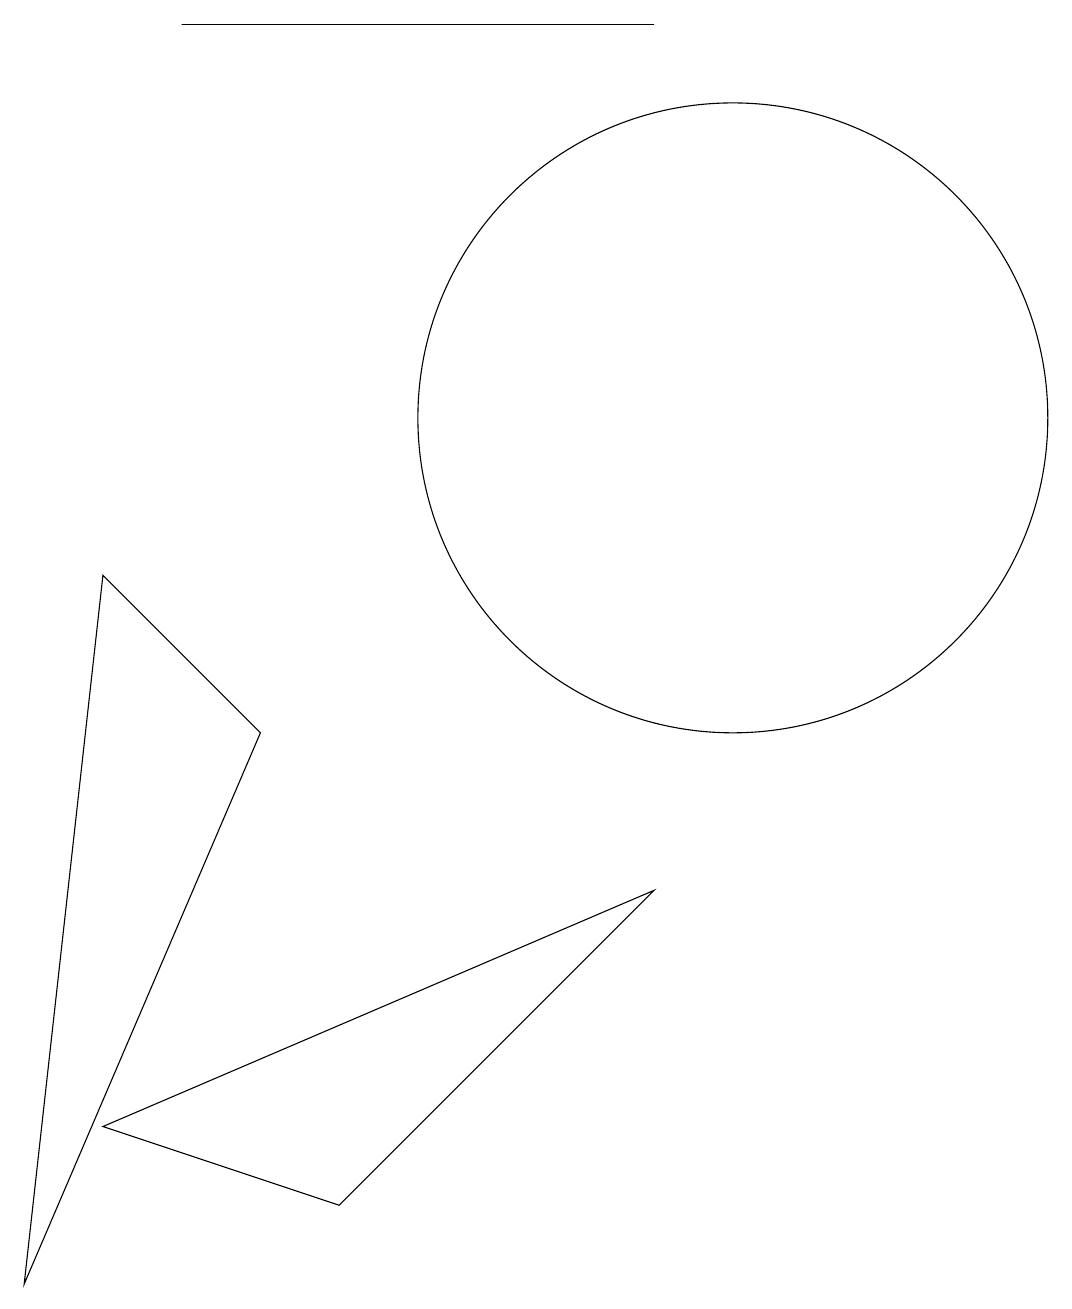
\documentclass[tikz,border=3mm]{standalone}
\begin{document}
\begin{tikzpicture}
\draw (3,16) rectangle (9,16);
\draw (1,0) -- (4,7) -- (2,9) -- cycle;
\draw (10,11) circle (4);
\draw (5,1) -- (9,5) -- (2,2) -- cycle;
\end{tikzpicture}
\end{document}